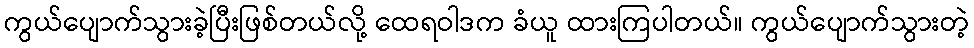
ကွယ်ပျောက်သွားခဲ့ပြီးဖြစ်တယ်လို့ ထေရဝါဒက ခံယူ ထားကြပါတယ်။ ကွယ်ပျောက်သွားတဲ့